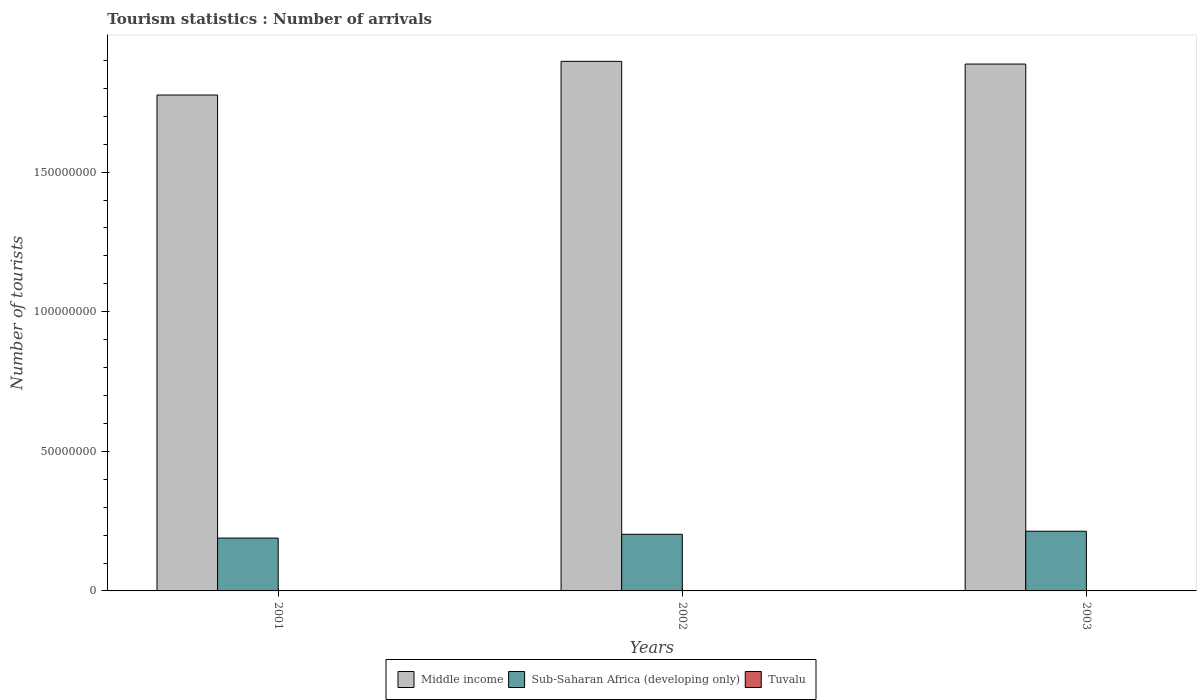
| Years | Middle income | Sub-Saharan Africa (developing only) | Tuvalu |
 | --- | --- | --- | --- |
 | 2001 | 1.78e+08 | 1.89e+07 | 1.1e+03 |
 | 2002 | 1.9e+08 | 2.03e+07 | 1.3e+03 |
 | 2003 | 1.89e+08 | 2.14e+07 | 1.4e+03 |